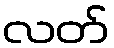
လတ်